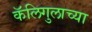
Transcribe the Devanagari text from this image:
कॅलिगुलाच्या